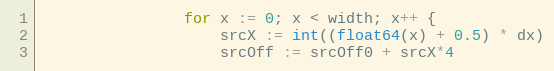
Language: Go
				for x := 0; x < width; x++ {
					srcX := int((float64(x) + 0.5) * dx)
					srcOff := srcOff0 + srcX*4